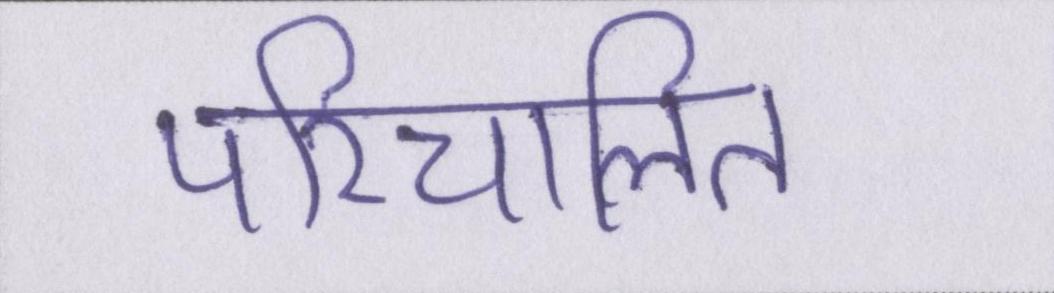
परिचालित